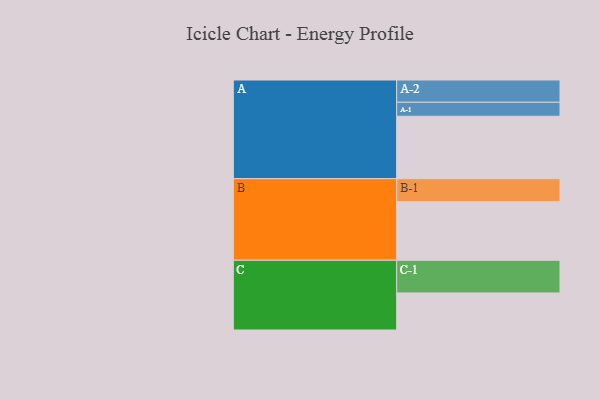
{"axis": {"x": "Segment", "y": "Value"}, "legend": ["", "A", "B", "C"], "data": [{"x": "A", "y": 544, "type": ""}, {"x": "B", "y": 510, "type": ""}, {"x": "C", "y": 323, "type": ""}, {"x": "A-1", "y": 122, "type": "A"}, {"x": "A-2", "y": 194, "type": "A"}, {"x": "B-1", "y": 201, "type": "B"}, {"x": "C-1", "y": 285, "type": "C"}]}